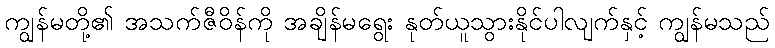
ကျွန်မတို့၏ အသက်ဇီဝိန်ကို အချိန်မရွေး နုတ်ယူသွားနိုင်ပါလျက်နှင့် ကျွန်မသည်